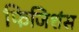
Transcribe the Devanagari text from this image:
फिजिशंस